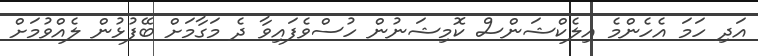
އަދި ހަމަ އެހެންމެ އިލެކްޝަންސް ކޮމިޝަނުން ހުސްވެފައިވާ ދެ މަގާމަށް ބޭފުޅުން ލެއްވުމަށް